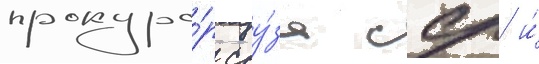
прокуро́р соу́за сср и́